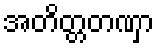
အတိတ္တတဏှာ